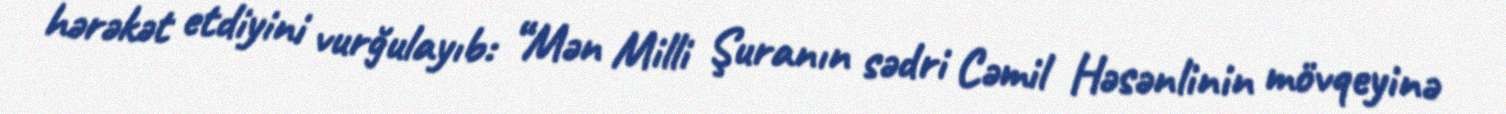
hərəkət etdiyini vurğulayıb: “Mən Milli Şuranın sədri Cəmil Həsənlinin mövqeyinə